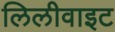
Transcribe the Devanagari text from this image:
लिलीवाइट